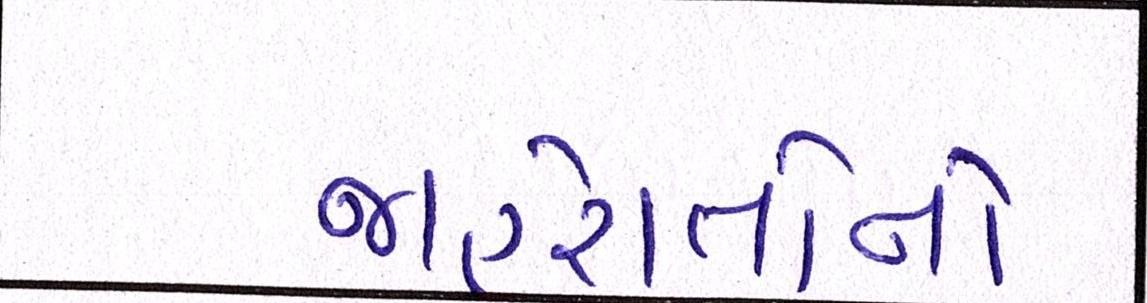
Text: જાહેરાતોનો